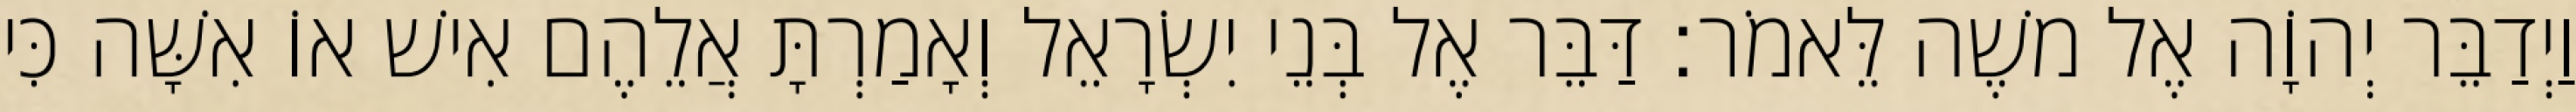
וַיְדַבֵּר יְהוָֹה אֶל משֶׁה לֵּאמֹר׃ דַּבֵּר אֶל בְּנֵי יִשְׂרָאֵל וְאָמַרְתָּ אֲלֵהֶם אִישׁ אוֹ אִשָּׁה כִּי